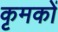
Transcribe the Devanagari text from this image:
कृमकों